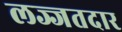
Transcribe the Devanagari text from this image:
लज्जतदार